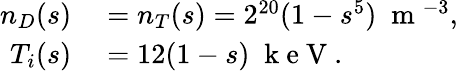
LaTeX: \begin{array}{rl}{n_{D}(s)}&{{}=n_{T}(s)=2^{20}(1-s^{5})\; \mathrm{~m~}^{-3},}\\ {T_{i}(s)}&{{}=12(1-s)\; \mathrm{~k~e~V~}.}\end{array}